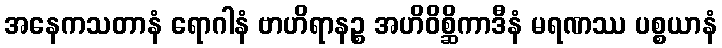
အနေကသတာနံ ရောဂါနံ ဗာဟိရာနဉ္စ အဟိဝိစ္ဆိကာဒီနံ မရဏဿ ပစ္စယာနံ